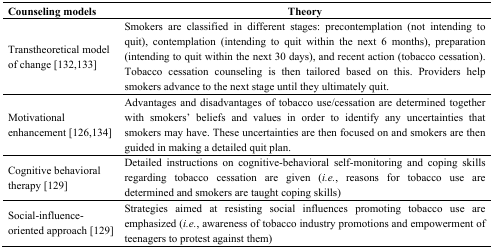
<table><thead><tr><td><b>Counseling models</b></td><td><b>Theory</b></td></tr></thead><tbody><tr><td>Transtheoretical model of change [132,133] </td><td>Smokers are classified in different stages: precontemplation (not intending to quit), contemplation (intending to quit within the next 6 months), preparation (intending to quit within the next 30 days), and recent action (tobacco cessation). Tobacco cessation counseling is then tailored based on this. Providers help smokers advance to the next stage until they ultimately quit.</td></tr><tr><td>Motivational enhancement [126,134] </td><td>Advantages and disadvantages of tobacco use/cessation are determined together with smokers’ beliefs and values in order to identify any uncertainties that smokers may have. These uncertainties are then focused on and smokers are then guided in making a detailed quit plan.</td></tr><tr><td>Cognitive behavioral therapy [129] </td><td>Detailed instructions on cognitive-behavioral self-monitoring and coping skills regarding tobacco cessation are given (<i>i.e.</i>, reasons for tobacco use are determined and smokers are taught coping skills)</td></tr><tr><td>Social-influence-oriented approach [129] </td><td>Strategies aimed at resisting social influences promoting tobacco use are emphasized (<i>i.e.</i>, awareness of tobacco industry promotions and empowerment of teenagers to protest against them)</td></tr></tbody></table>